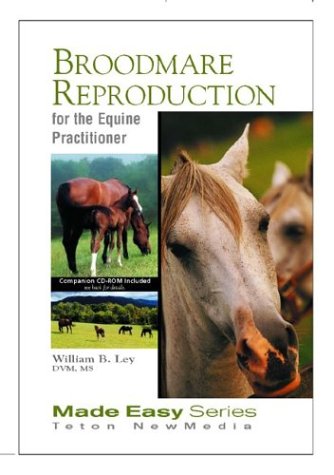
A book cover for Broodmare Reproduction for the Equine Practitioner (Book+CD) (Equine Made Easy Series); William Ley; Medical Books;